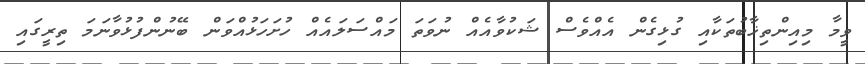
ވީމާ މިއިންތިޚާބުތަކާއި ގުޅިގެން އެއްވެސް ޝަކުވާއެއް ނުވަތަ މައްސަލައެއް ހުށަހަޅުއްވަން ބޭނުންފުޅުވާނަމަ ތިރީގައި